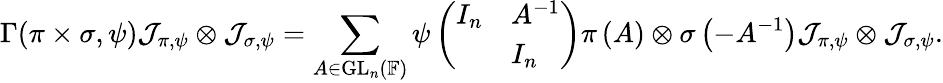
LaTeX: \Gamma(\pi\times\sigma,\psi)\mathcal{J}_{\pi,\psi}\otimes\mathcal{J}_{\sigma,\psi}=\sum_{A\in\mathrm{GL}_{n}\left(\mathbb{F}\right)}\psi\left(\begin{array}{ll}{I_{n}}&{A^{-1}}\\ &{I_{n}}\end{array}\right)\pi\left(A\right)\otimes\sigma\left(-A^{-1}\right)\mathcal{J}_{\pi,\psi}\otimes\mathcal{J}_{\sigma,\psi}.